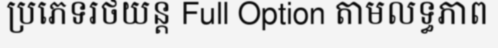
ប្រភេទរថយន្ត Full Option តាមលទ្ធភាព